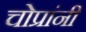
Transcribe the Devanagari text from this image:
चोप्रांनी